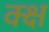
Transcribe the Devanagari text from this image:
क्क्ष